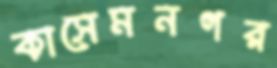
কাসেমনগর